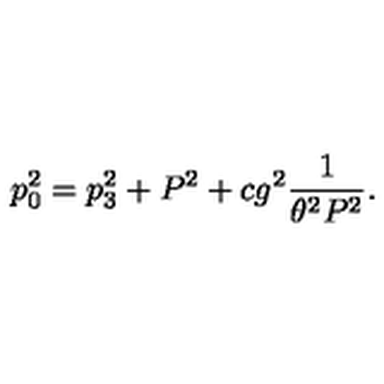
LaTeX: p _ { 0 } ^ { 2 } = p _ { 3 } ^ { 2 } + P ^ { 2 } + c g ^ { 2 } { \frac { 1 } { \theta ^ { 2 } P ^ { 2 } } } .